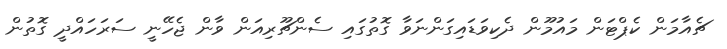
ޗެއާމަން ކެޕްޓަން މައުމޫން ދެކިވަޑައިގަންނަވާ ގޮތުގައި ސެންޗޫރިއަން ވާން ޖެހޭނީ ސަރަހައްދީ ގޮތުން